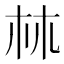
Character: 𣏟